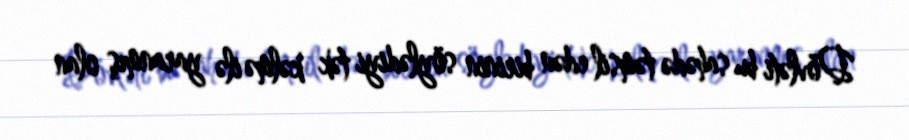
Dövləti bu sahədə təmsil edən birinin söylədiyi tək kəlmə ilə yaranmış olan